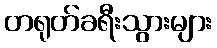
တရုတ်ခရီးသွားများ